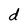
Character: d